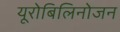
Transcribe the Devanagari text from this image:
यूरोबिलिनोजन